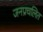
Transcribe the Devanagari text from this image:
जनप्रचलित